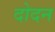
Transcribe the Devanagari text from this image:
दोदन